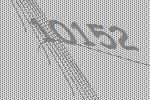
10152